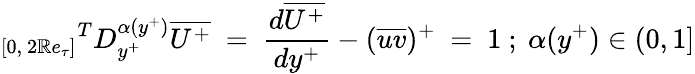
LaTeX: {_{[0,~2\mathbb{R}e_{\tau}]}}^{T}D_{y^{+}}^{\alpha(y^{+})}\overline{{{U^{+}}}}~=~\frac{{d\overline{{{U^{+}}}}}}{{dy^{+}}}-(\overline{{{uv}}})^{+}~=~1~;~\alpha(y^{+})\in(0,1]